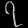
Digit: ၇